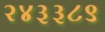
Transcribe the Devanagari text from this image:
२४३३८९